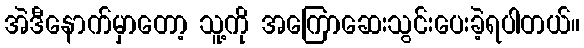
အဲဒီနောက်မှာတော့ သူ့ကို အကြောဆေးသွင်းပေးခဲ့ရပါတယ်။